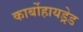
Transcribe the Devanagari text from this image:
कार्बोहायड्रेड